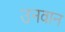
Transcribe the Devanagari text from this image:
उनवान